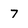
Character: 7